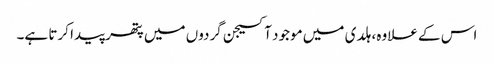
اس کے علاوہ، ہلدی میں موجود آکسیجن گردوں میں پتھر پیدا کرتا ہے۔